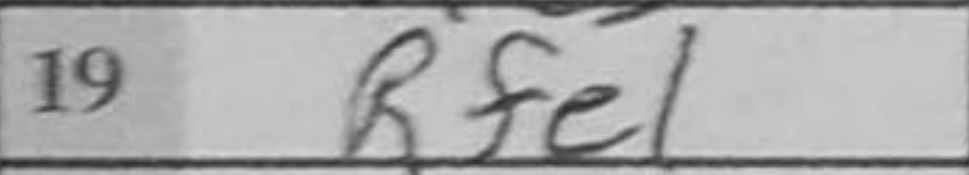
Transcription: Rfe1